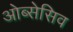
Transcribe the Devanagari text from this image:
ओब्सेसिव